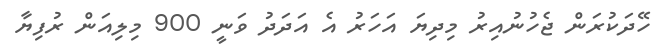
ހޭދަކުރަން ޖެހުނުއިރު މިދިޔަ އަހަރު އެ އަދަދު ވަނީ 900 މިލިއަން ރުފިޔާ